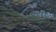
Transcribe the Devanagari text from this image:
उंतुंग